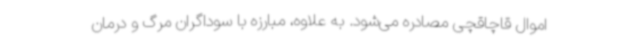
اموال قاچاقچی مصادره می‌شود. به علاوه، مبارزه با سوداگران مرگ و درمان